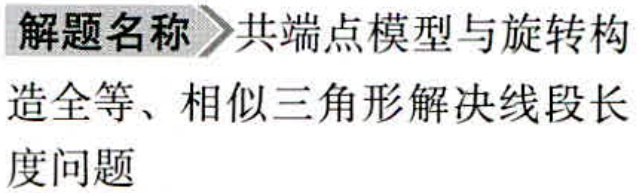
解题名称 共端点模型与旋转构
造全等、相似三角形解决线段长
度问题